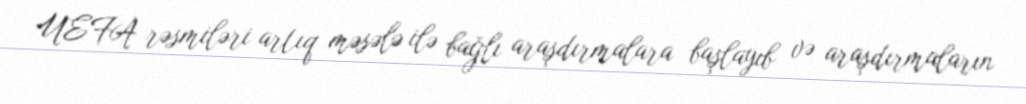
UEFA rəsmiləri artıq məsələ ilə bağlı araşdırmalara başlayıb və araşdırmaların